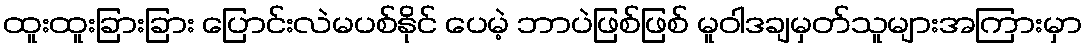
ထူးထူးခြားခြား ပြောင်းလဲမပစ်နိုင် ပေမဲ့ ဘာပဲဖြစ်ဖြစ် မူဝါဒချမှတ်သူများအကြားမှာ